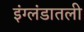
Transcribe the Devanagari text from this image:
इंग्लंडातली